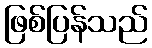
ဖြစ်ပြန်သည်